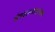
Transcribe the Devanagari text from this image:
तंत्रज्ञानाबरोबर